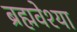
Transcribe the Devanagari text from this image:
ब्रह्मवेश्या